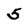
Character: 5